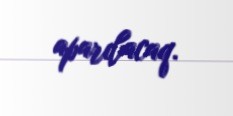
aparılacaq.